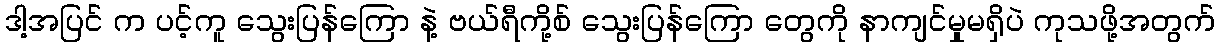
ဒါ့အပြင် က ပင့်ကူ သွေးပြန်ကြော နဲ့ ဗယ်ရီကို့စ် သွေးပြန်ကြော တွေကို နာကျင်မှုမရှိပဲ ကုသဖို့အတွက်